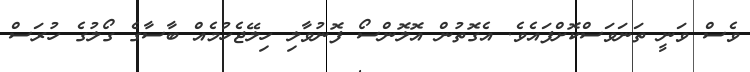
ވެސް ވަނީ ތަނަވަސްކޮށްފައެވެ. އެގޮތުން އޮލޮންސޯ ފޮނުވާލި ހިލޭޖެހުމެއް ބާސާގެ ގޯލުގެ ހުރަސް